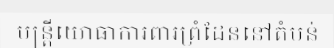
មន្ត្រីយោធាការពារព្រំដែននៅតំបន់